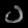
Digit: ၁